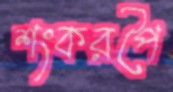
শংকরপৈ